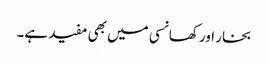
بخار اور کھانسی میں بھی مفید ہے۔